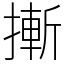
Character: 摲